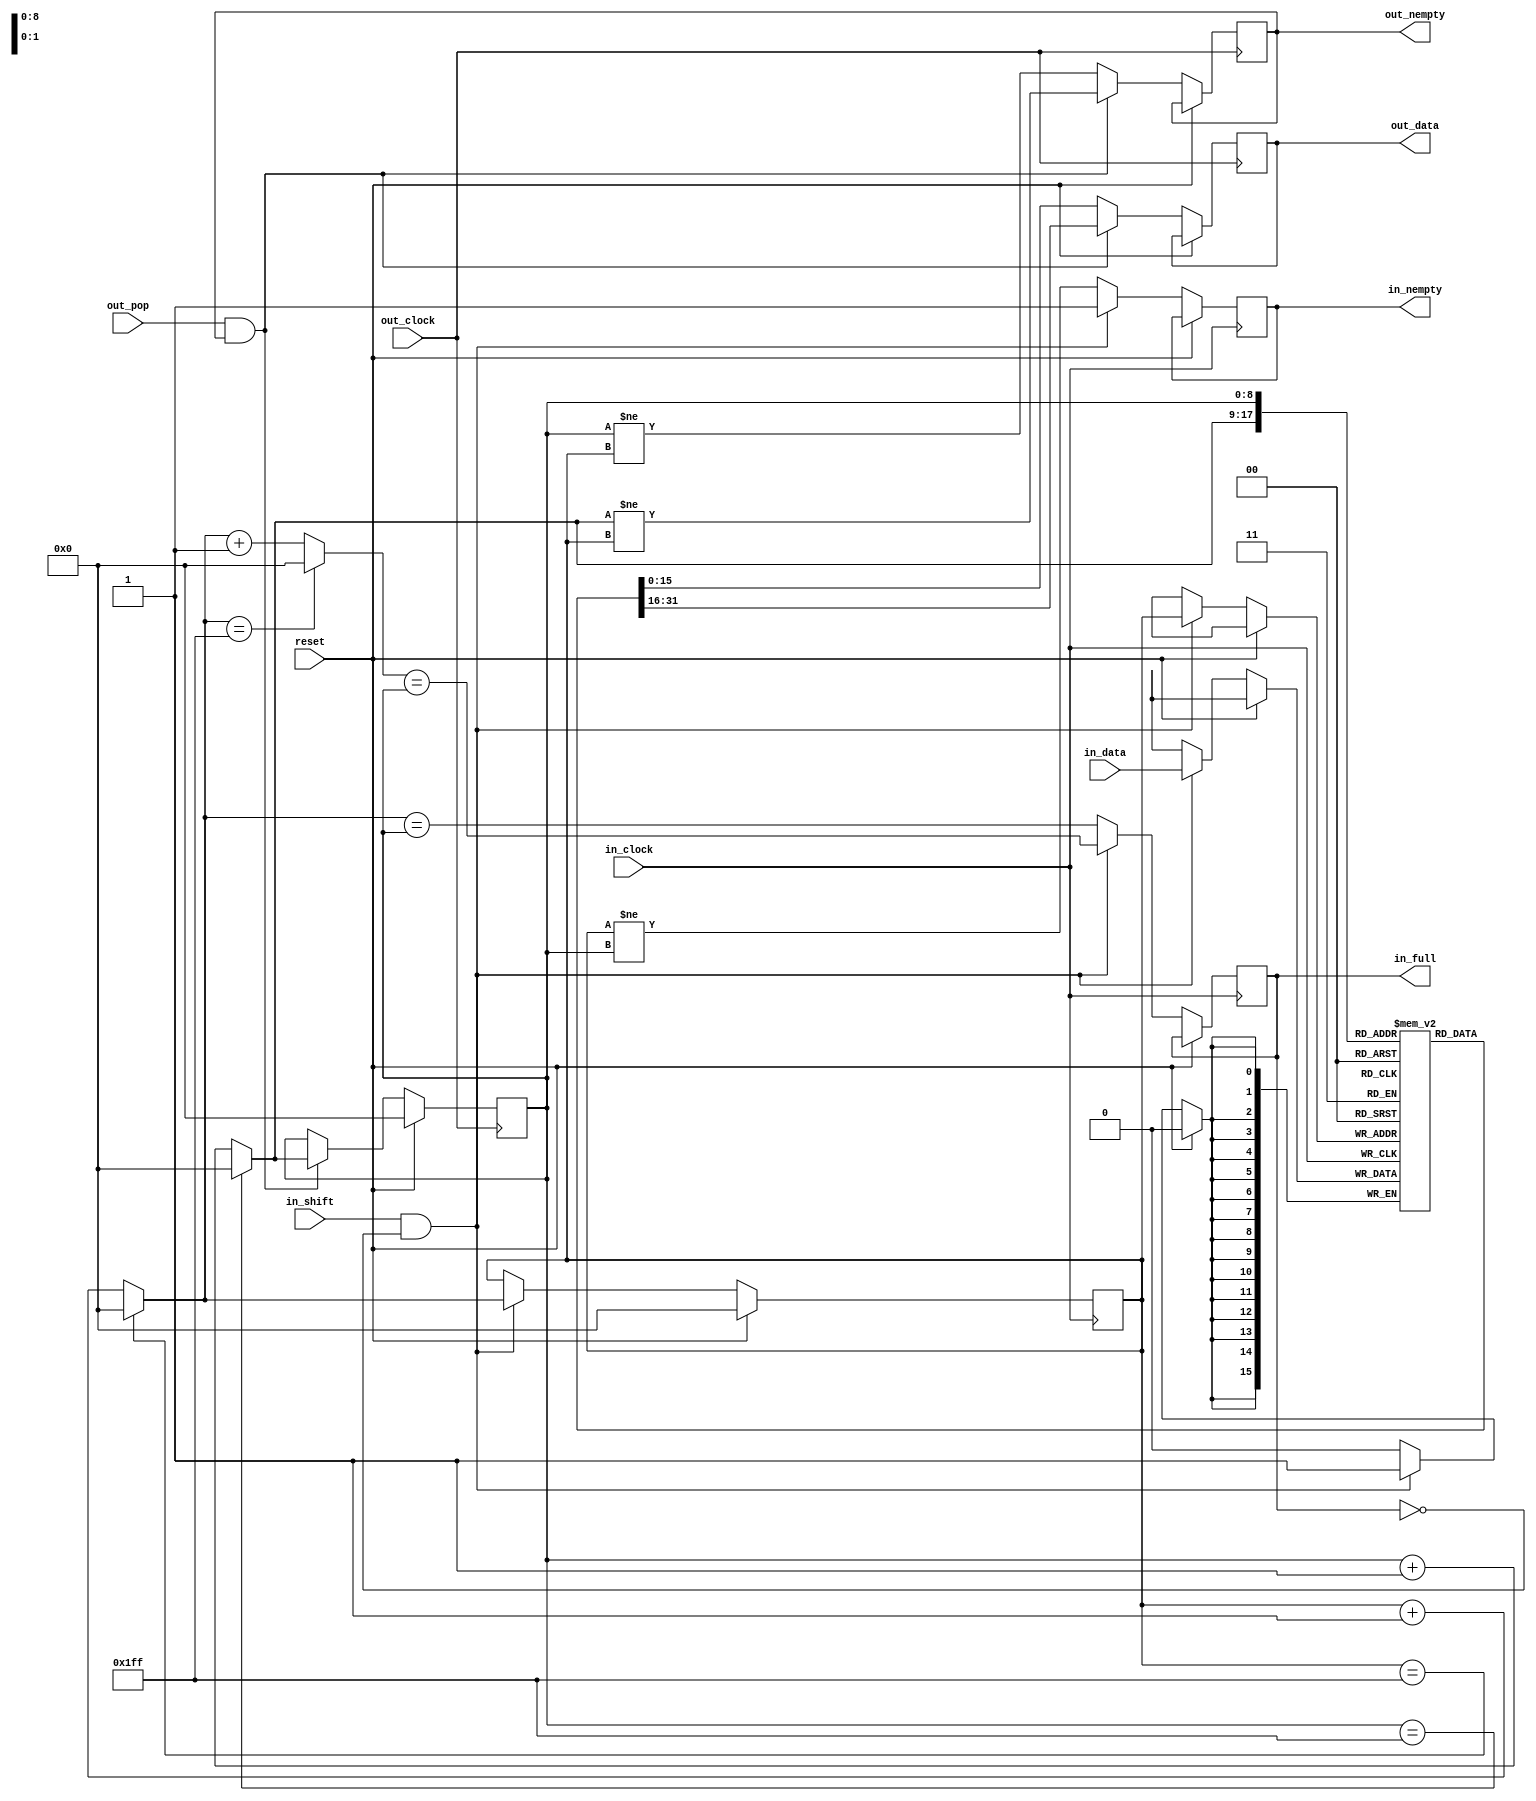
/*
 *  IcoProg -- Programmer and Debug Tool for the IcoBoard
 *
 *  Copyright (C) 2016  Clifford Wolf <clifford@clifford.at>
 *
 *  Permission to use, copy, modify, and/or distribute this software for any
 *  purpose with or without fee is hereby granted, provided that the above
 *  copyright notice and this permission notice appear in all copies.
 *
 *  THE SOFTWARE IS PROVIDED "AS IS" AND THE AUTHOR DISCLAIMS ALL WARRANTIES
 *  WITH REGARD TO THIS SOFTWARE INCLUDING ALL IMPLIED WARRANTIES OF
 *  MERCHANTABILITY AND FITNESS. IN NO EVENT SHALL THE AUTHOR BE LIABLE FOR
 *  ANY SPECIAL, DIRECT, INDIRECT, OR CONSEQUENTIAL DAMAGES OR ANY DAMAGES
 *  WHATSOEVER RESULTING FROM LOSS OF USE, DATA OR PROFITS, WHETHER IN AN
 *  ACTION OF CONTRACT, NEGLIGENCE OR OTHER TORTIOUS ACTION, ARISING OUT OF
 *  OR IN CONNECTION WITH THE USE OR PERFORMANCE OF THIS SOFTWARE.
 *
 */
 //https://github.com/cliffordwolf/icotools/blob/master/icosoc/common/icosoc_crossclkfifo.v
`ifndef __FIFO__
`define __FIFO__
module fifo #(
	parameter WIDTH = 16,
	parameter DEPTH = 512
) (
	input 								 reset,
	input                  in_clock,
	input                  in_shift,
	input      [WIDTH-1:0] in_data,
	output reg             in_full,
	output reg             in_nempty,

	input 								out_clock,
	input                  out_pop,
	output  reg  [WIDTH-1:0] out_data,
	output reg             out_nempty
);
	localparam integer ABITS = $clog2(DEPTH);

	initial begin
		in_full = 0;
		in_nempty = 0;
		out_nempty = 0;
	end

	reg [ABITS-1:0] in_pos = 0;
	reg [ABITS-1:0] out_pos = 0;

	reg [WIDTH-1:0] memory [0:DEPTH-1];

	wire [ABITS-1:0] next_in_pos = (in_pos == DEPTH-1) ? 0 : in_pos + 1;
	wire [ABITS-1:0] next_next_in_pos = (next_in_pos == DEPTH-1) ? 0 : next_in_pos + 1;

	wire [ABITS-1:0] next_out_pos = (out_pos == DEPTH-1) ? 0 : out_pos + 1;
	//reg [WIDTH-1:0] out_data_d = 0;

	//assign out_data = out_nempty ? out_data_d : 0; //this is from Clifords example, but it won't automatically infer BRAM if we use it....

	always @(posedge in_clock) begin
		if (reset) begin
			in_pos<=0;
		end else if(in_shift && !in_full) begin
			memory[in_pos] <= in_data;
			in_full <= (next_next_in_pos == out_pos);
			in_nempty <= 1;
			in_pos <= next_in_pos;
		end else begin
			in_full <= (next_in_pos == out_pos);
			in_nempty <= (in_pos != out_pos);
		end
	end

	always @(posedge out_clock) begin
	if (reset) begin
		out_pos<=0;
	end else if (out_pop && out_nempty) begin
			out_data <= memory[next_out_pos];
			out_nempty <= (next_out_pos != in_pos);
			out_pos <= next_out_pos;
		end else begin
			out_data <= memory[out_pos];
			out_nempty <= (out_pos != in_pos);
		end
	end


endmodule
`endif